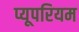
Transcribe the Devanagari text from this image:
प्यूपरियम